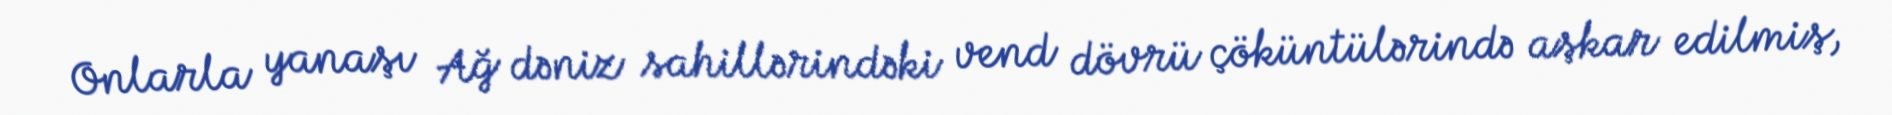
Onlarla yanaşı Ağ dəniz sahillərindəki vend dövrü çöküntülərində aşkar edilmiş,